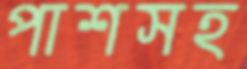
পাশসহ